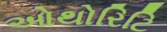
ઓથોરિટિ